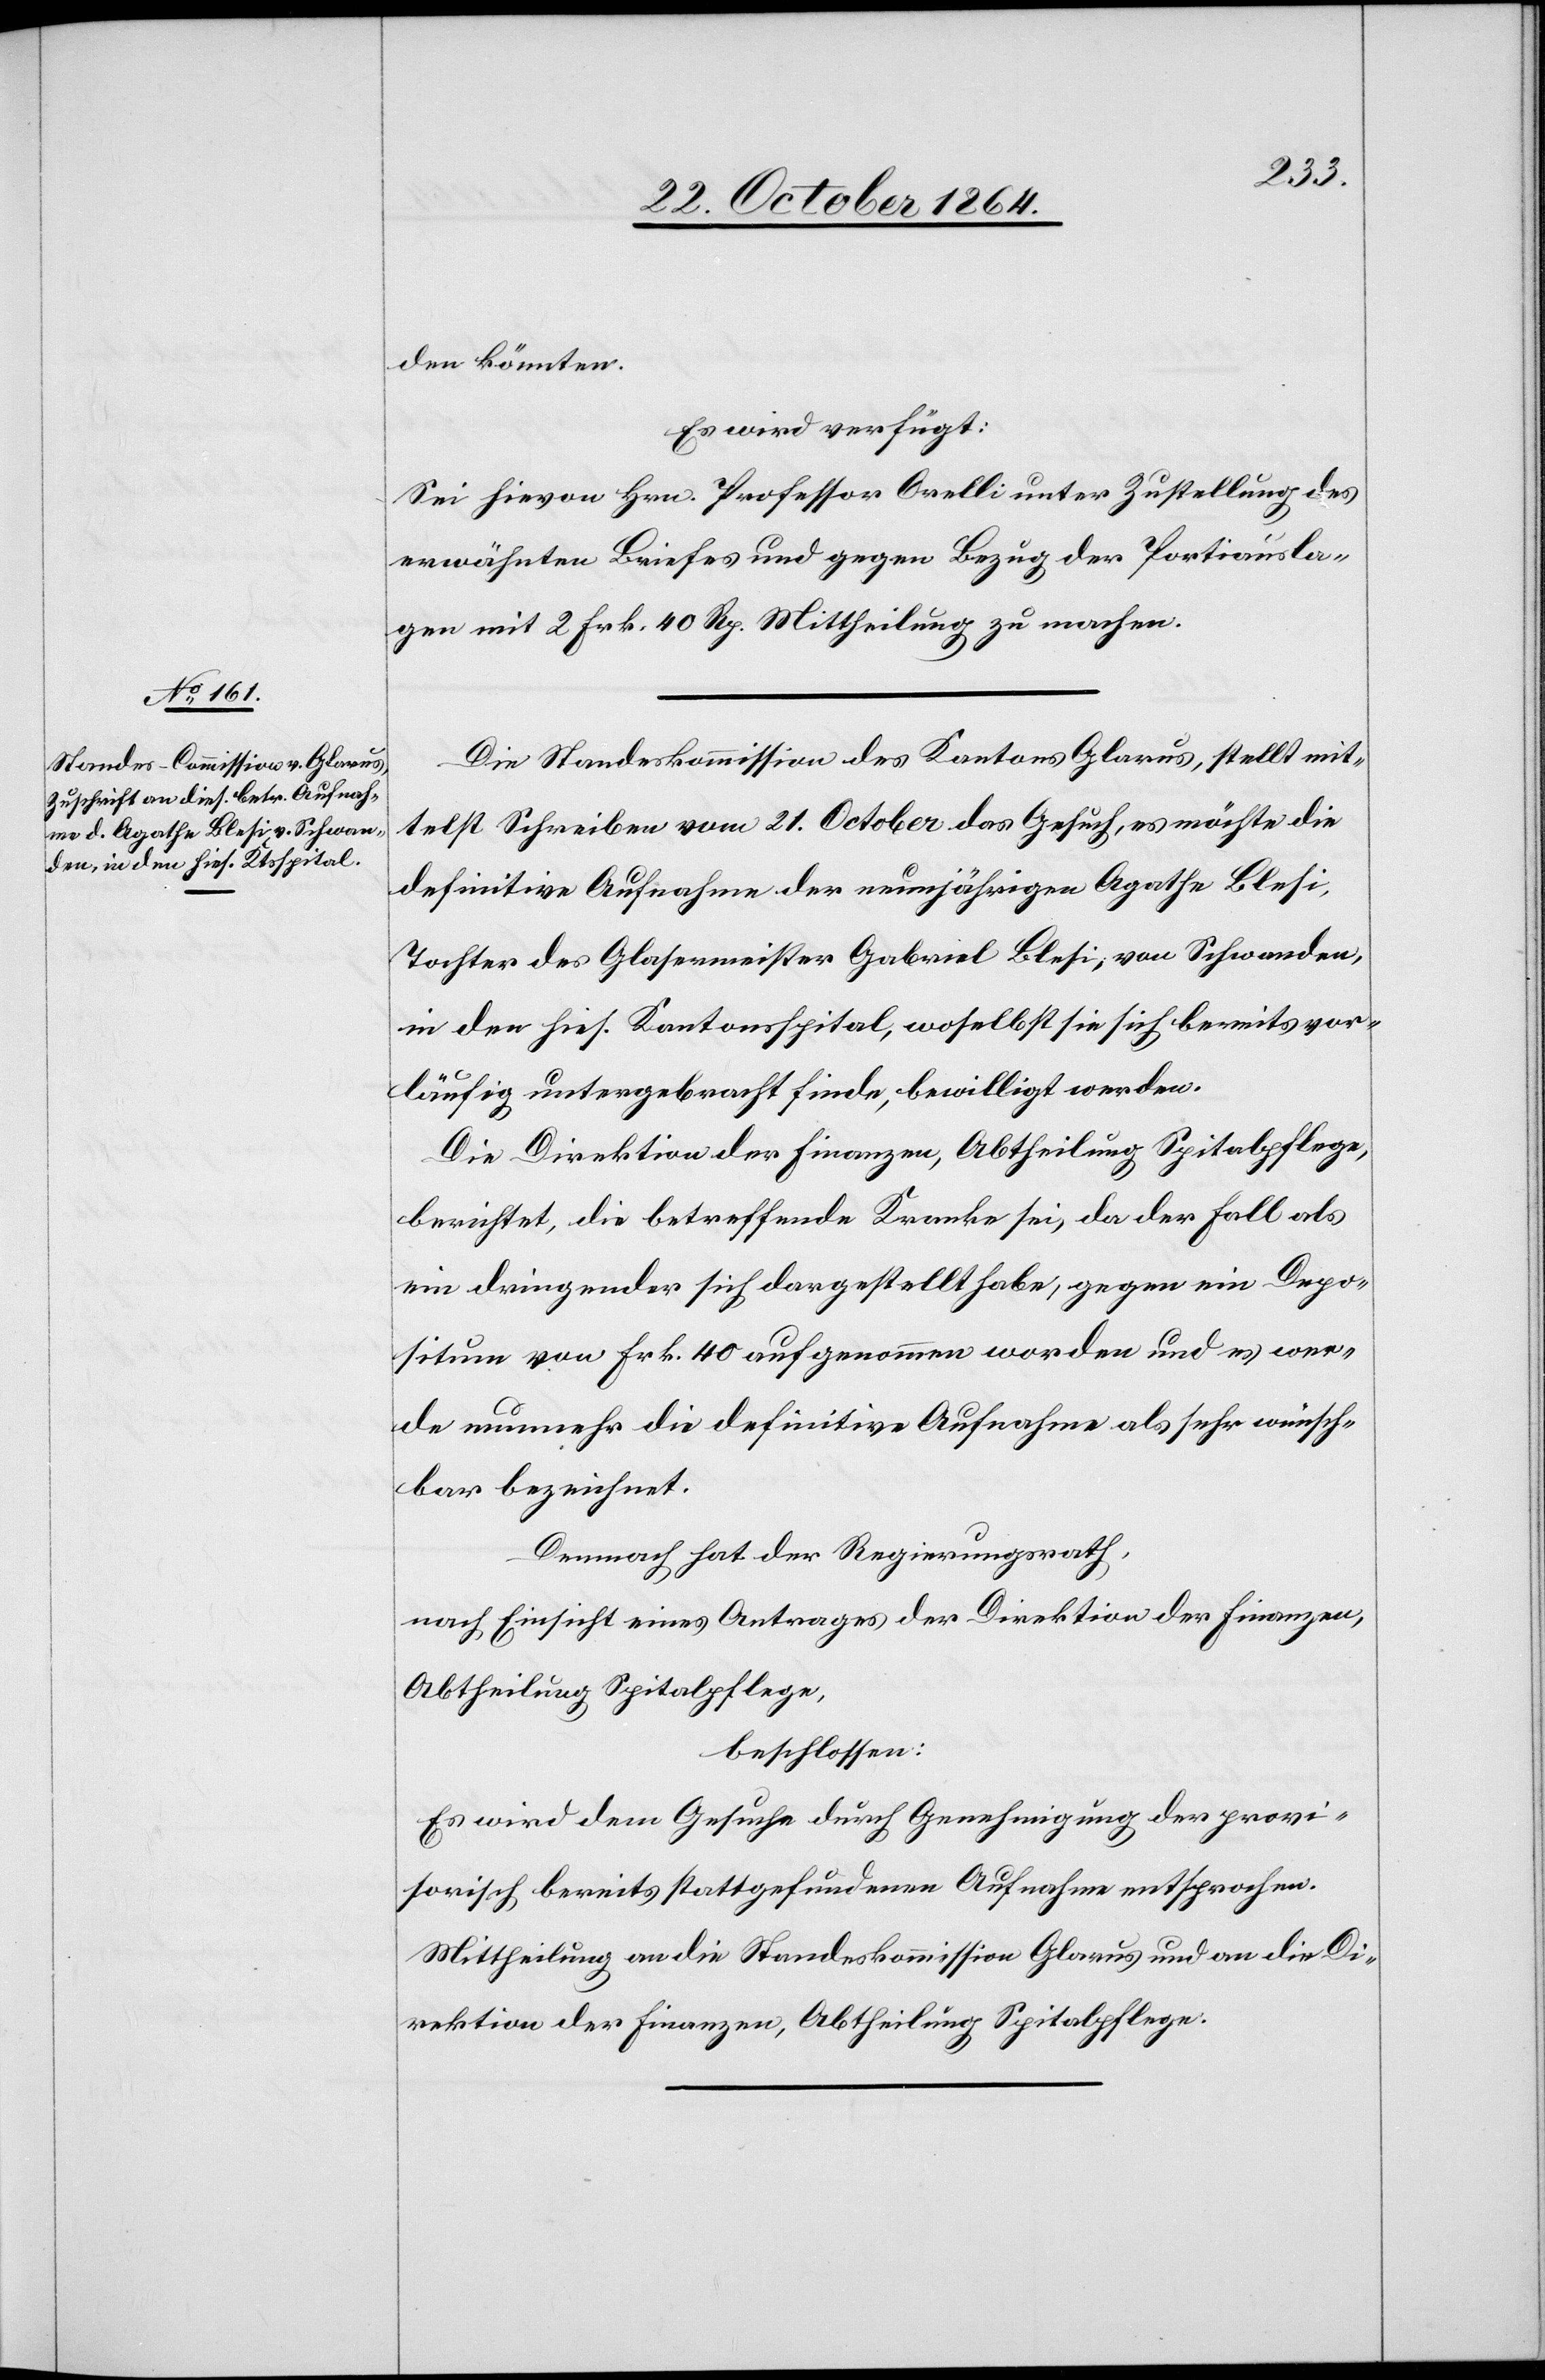
27. October 1864.]
den können.
Es wird verfügt:
Sei hievon Hrn. Professor Orelli unter Zustellung des
erwähnten Briefes und gegen Bezug der Portiausla¬
gen mit 2 Frk. 40 Rp. Mittheilung zu machen.
Die Standeskommission des Kantons Glarus, stellt mit¬
telst Schreiben vom 21. October das Gesuch, es möchte die
definitive Aufnahme der neunjährigen Agathe Blesi,
Tochter des Glasermeister Gabriel Blesi, von Schwanden,
in den hies. Kantonsspital, woselbst sie sich bereits vor¬
läufig untergebracht finde, bewilligt werden.
Die Direktion der Finanzen, Abtheilung Spitalpflege,
berichtet, die betreffende Kranke sei, da der Fall als
ein dringender sich dargestellt habe, gegen ein Depo¬
situm von Frk. 40 aufgenommen worden und es wer¬
de nunmehr die definitive Aufnahme als sehr wünsch¬
bar bezeichnet.
Demnach hat der Regierungsrath,
nach Einsicht eines Antrages der Direktion der Finanzen,
Abtheilung Spitalpflege,
beschlossen:
Es wird dem Gesuche durch Genehmigung der provi¬
sorisch bereits stattgefundenen Aufnahme entsprochen.
Mittheilung an die Standeskommission Glarus und an die Di¬
rektion der Finanzen, Abtheilung Spitalpflege.